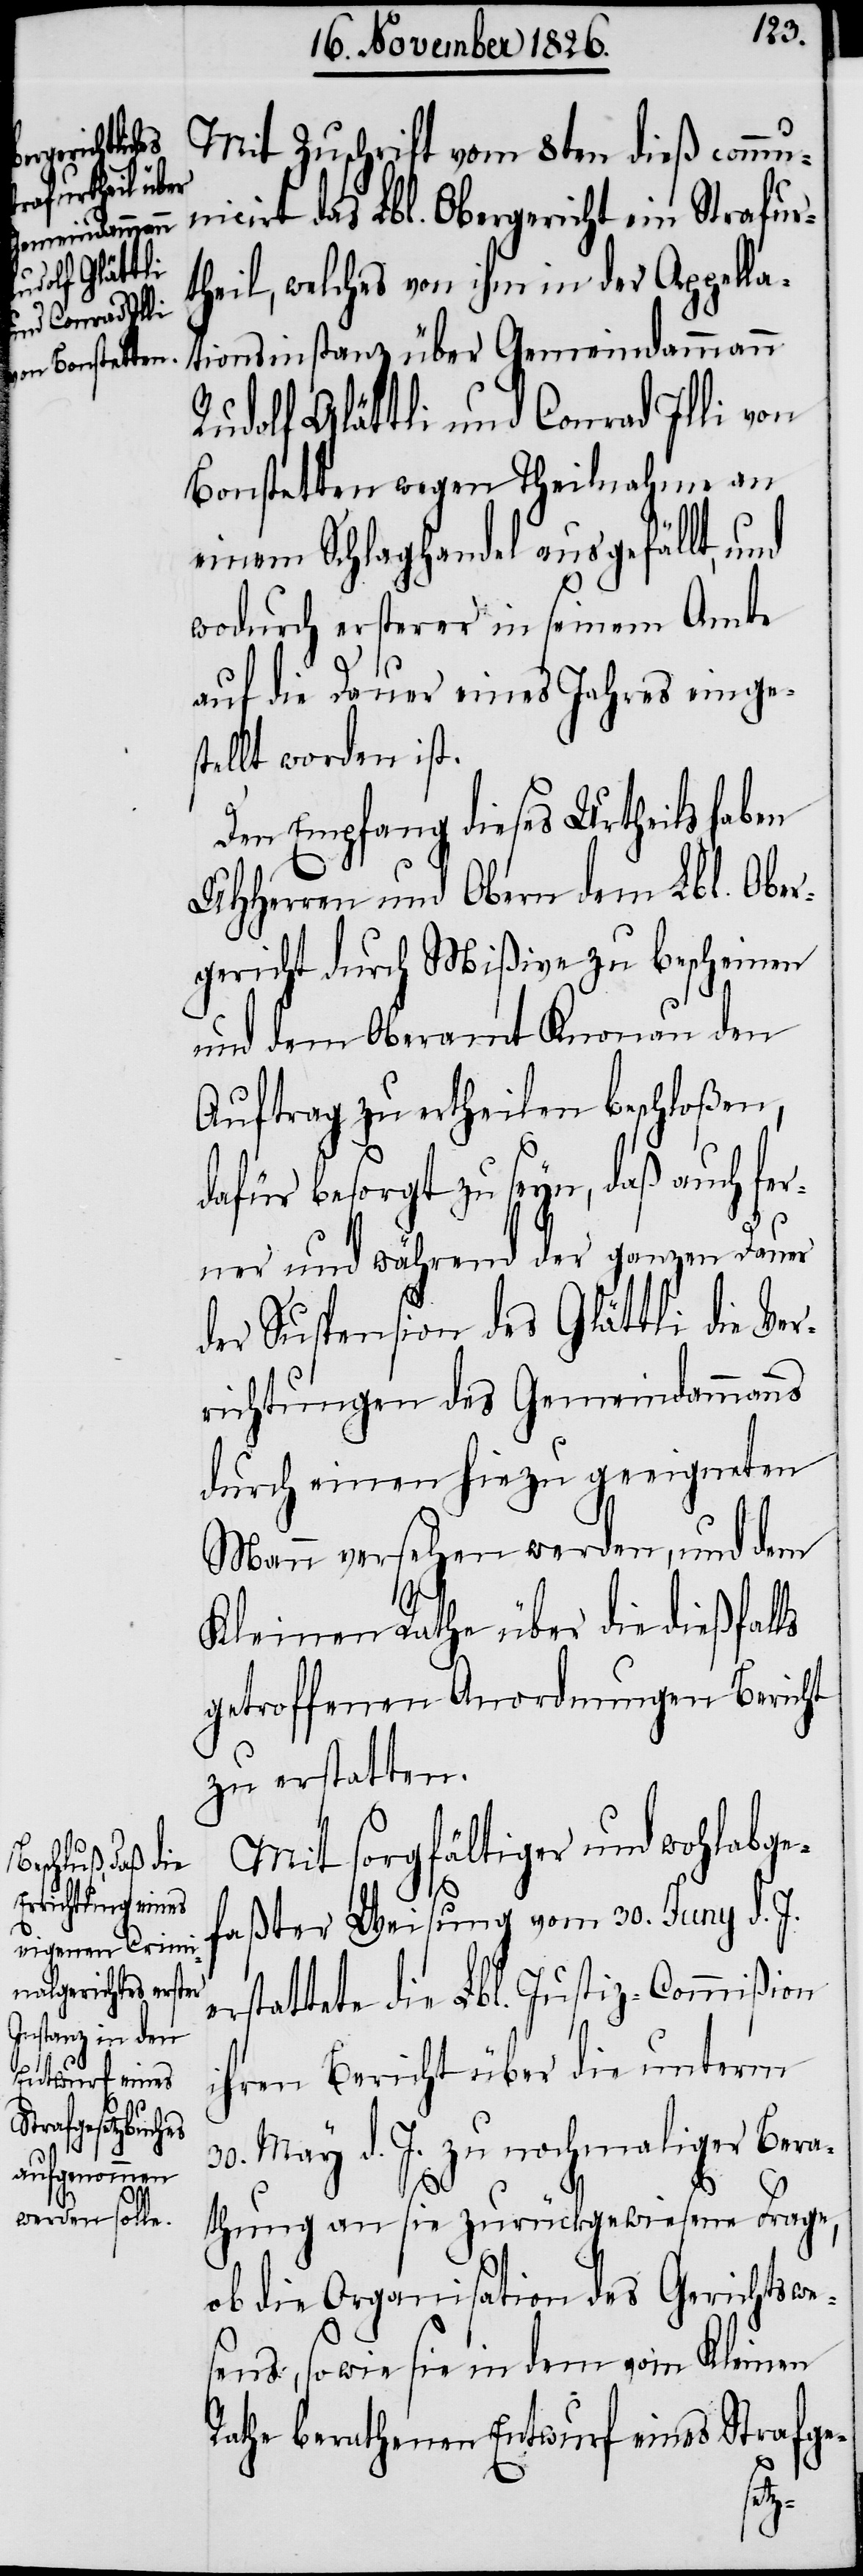
Mit Zuschrift vom 8ten dieß commun¬
icirt das Lbl. Obergericht ein Strafur¬
theil, welches von ihm in der Appella¬
tionsinstanz über Gemeindammann
Rudolf Glättli und Conrad Illi von
Bonstetten wegen Theilnahme an
einem Schlaghandel ausgefällt, und
wodurch ersterer in seinem Amte
auf die Dauer eines Jahres einge¬
stellt worden ist.
Den Empfang dieses Urtheils haben
UHHerren und Obern dem Lbl. Ober¬
gericht durch Mißive zu bescheinen
und dem Oberamt Knonau den
Auftrag zu ertheilen beschloßen,
dafür besorgt zu sein, daß auch fer¬
ner und während der ganzen Dauer
der Suspension des Glättli die Ver¬
richtungen des Gemeindammanns
durch einen hiezu geeigneten
Mann versehen werden, und dem
Kleinen Rathe über die dießfalls
getroffenen Anordnungen Bericht
zu erstatten.
Mit sorgfältiger und wohlabge¬
faßter Weisung vom 30. Juny d. J.
erstattete die Lbl. Justiz-Commißion
ihren Bericht über die unterm
30. May d. J. zu nochmaliger Bera¬
thung an sie zurückgewiesene Frage,
ob die Organisation des Gerichtswe¬
sens, so wie sie in dem vom Kleinen
Rathe berathenen Entwurf eines Strafge-